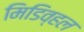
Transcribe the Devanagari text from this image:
मिडिव्हल